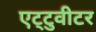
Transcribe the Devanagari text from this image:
एट्टुवीटर